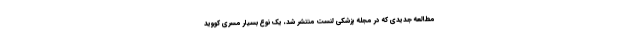
مطالعه جدیدی که در مجله پزشکی لنست منتشر شد، یک نوع بسیار مسری کووید